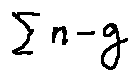
\sum n - g